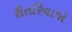
રીતરિવાજો